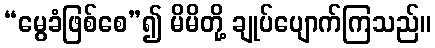
“မွေခံဖြစ်စေ”၍ မိမိတို့ ချုပ်ပျောက်ကြသည်။